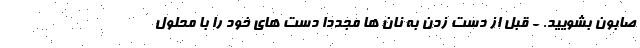
صابون بشویید. - قبل از دست زدن به نان ها مجددا دست های خود را با محلول